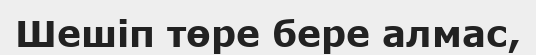
Шешіп төре бере алмас,